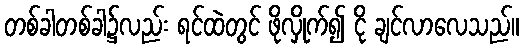
တစ်ခါတစ်ခါ၌လည်း ရင်ထဲတွင် ဖိုလှိုက်၍ ငို ချင်လာလေသည်။